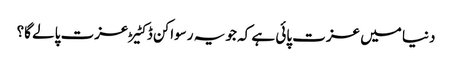
دنیا میں عزت پائی ہے کہ جو یہ رسواکن ڈکٹیڑ عزت پالے گا؟